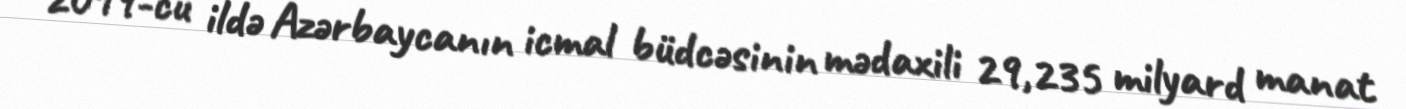
2019-cu ildə Azərbaycanın icmal büdcəsinin mədaxili 29,235 milyard manat